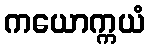
ကယောက္ကယံ